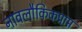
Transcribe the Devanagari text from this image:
नावलौकिकप्राप्त